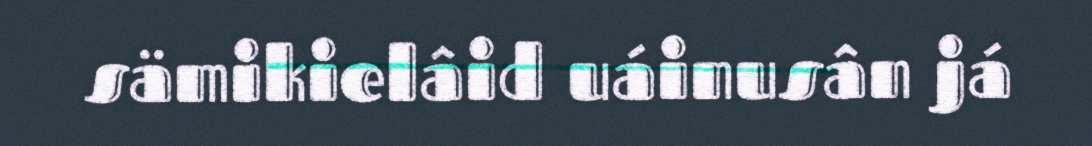
sämikielâid uáinusân já